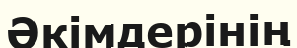
Әкімдерінің